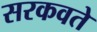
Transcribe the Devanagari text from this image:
सरकवते